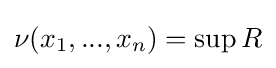
\nu (x_{1},...,x_{n})=\sup R